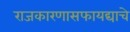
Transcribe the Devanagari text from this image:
राजकारणासफायद्याचे